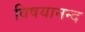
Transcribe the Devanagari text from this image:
विषयानन्द